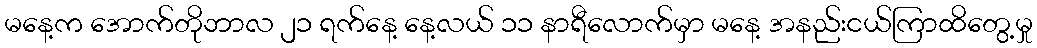
မနေ့က အောက်တိုဘာလ ၂၁ ရက်နေ့ နေ့လယ် ၁၁ နာရီလောက်မှာ မနေ့ အနည်းငယ်ကြာထိတွေ့မှု